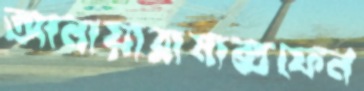
আনায়ারামাক্সফেন